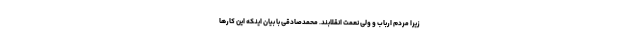
زیرا مردم ارباب و ولی نعمت انقلابند. محمدصادقی با بیان اینکه این کارها